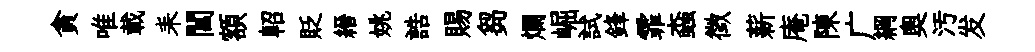
貪唯載耒閶額軺貶縉姚誥賜芻爛崛試鋒霏螙徵薪庵陳广綱奥汚发